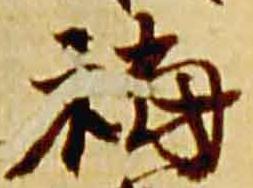
福